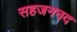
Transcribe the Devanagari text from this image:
सहजननद